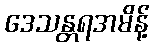
ဒေသန္တရအမိန့်